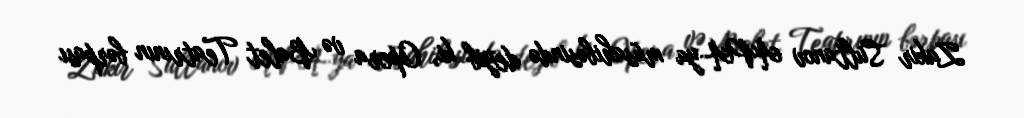
Zakir Sultanov APA-ya müsahibəsində deyib ki, Opera və Balet Teatrının bərpası